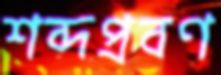
শব্দপ্রবণ